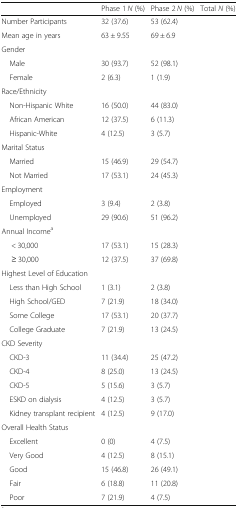
<table><thead><tr><td>[EMPTY_CELL]</td><td><b>Phase 1 <i>N</i> (%)</b></td><td><b>Phase 2 <i>N</i> (%)</b></td><td><b>Total <i>N</i> (%)</b></td></tr></thead><tbody><tr><td>Number Participants</td><td>32 (37.6)</td><td>53 (62.4)</td><td>[EMPTY_CELL]</td></tr><tr><td>Mean age in years</td><td>63 ± 9.55</td><td>69 ± 6.9</td><td>[EMPTY_CELL]</td></tr><tr><td colspan="4">Gender</td></tr><tr><td> Male</td><td>30 (93.7)</td><td>52 (98.1)</td><td>[EMPTY_CELL]</td></tr><tr><td> Female</td><td>2 (6.3)</td><td>1 (1.9)</td><td>[EMPTY_CELL]</td></tr><tr><td colspan="4">Race/Ethnicity</td></tr><tr><td> Non-Hispanic White</td><td>16 (50.0)</td><td>44 (83.0)</td><td>[EMPTY_CELL]</td></tr><tr><td> African American</td><td>12 (37.5)</td><td>6 (11.3)</td><td>[EMPTY_CELL]</td></tr><tr><td> Hispanic-White</td><td>4 (12.5)</td><td>3 (5.7)</td><td>[EMPTY_CELL]</td></tr><tr><td colspan="4">Marital Status</td></tr><tr><td> Married</td><td>15 (46.9)</td><td>29 (54.7)</td><td>[EMPTY_CELL]</td></tr><tr><td> Not Married</td><td>17 (53.1)</td><td>24 (45.3)</td><td>[EMPTY_CELL]</td></tr><tr><td>Employment</td><td>[EMPTY_CELL]</td><td>[EMPTY_CELL]</td><td>[EMPTY_CELL]</td></tr><tr><td> Employed</td><td>3 (9.4)</td><td>2 (3.8)</td><td>[EMPTY_CELL]</td></tr><tr><td> Unemployed</td><td>29 (90.6)</td><td>51 (96.2)</td><td>[EMPTY_CELL]</td></tr><tr><td colspan="4">Annual Income<sup>a</sup></td></tr><tr><td>&lt; 30,000</td><td>17 (53.1)</td><td>15 (28.3)</td><td>[EMPTY_CELL]</td></tr><tr><td>≥ 30,000</td><td>12 (37.5)</td><td>37 (69.8)</td><td>[EMPTY_CELL]</td></tr><tr><td colspan="4">Highest Level of Education</td></tr><tr><td> Less than High School</td><td>1 (3.1)</td><td>2 (3.8)</td><td>[EMPTY_CELL]</td></tr><tr><td> High School/GED</td><td>7 (21.9)</td><td>18 (34.0)</td><td>[EMPTY_CELL]</td></tr><tr><td> Some College</td><td>17 (53.1)</td><td>20 (37.7)</td><td>[EMPTY_CELL]</td></tr><tr><td> College Graduate</td><td>7 (21.9)</td><td>13 (24.5)</td><td>[EMPTY_CELL]</td></tr><tr><td colspan="4">CKD Severity</td></tr><tr><td> CKD-3</td><td>11 (34.4)</td><td>25 (47.2)</td><td>[EMPTY_CELL]</td></tr><tr><td> CKD-4</td><td>8 (25.0)</td><td>13 (24.5)</td><td>[EMPTY_CELL]</td></tr><tr><td> CKD-5</td><td>5 (15.6)</td><td>3 (5.7)</td><td>[EMPTY_CELL]</td></tr><tr><td> ESKD on dialysis</td><td>4 (12.5)</td><td>3 (5.7)</td><td>[EMPTY_CELL]</td></tr><tr><td> Kidney transplant recipient</td><td>4 (12.5)</td><td>9 (17.0)</td><td>[EMPTY_CELL]</td></tr><tr><td colspan="4">Overall Health Status</td></tr><tr><td> Excellent</td><td>0 (0)</td><td>4 (7.5)</td><td>[EMPTY_CELL]</td></tr><tr><td> Very Good</td><td>4 (12.5)</td><td>8 (15.1)</td><td>[EMPTY_CELL]</td></tr><tr><td> Good</td><td>15 (46.8)</td><td>26 (49.1)</td><td>[EMPTY_CELL]</td></tr><tr><td> Fair</td><td>6 (18.8)</td><td>11 (20.8)</td><td>[EMPTY_CELL]</td></tr><tr><td> Poor</td><td>7 (21.9)</td><td>4 (7.5)</td><td>[EMPTY_CELL]</td></tr></tbody></table>